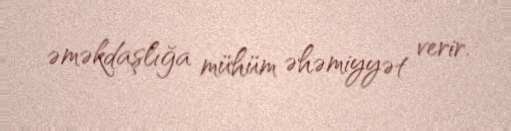
əməkdaşlığa mühüm əhəmiyyət verir.